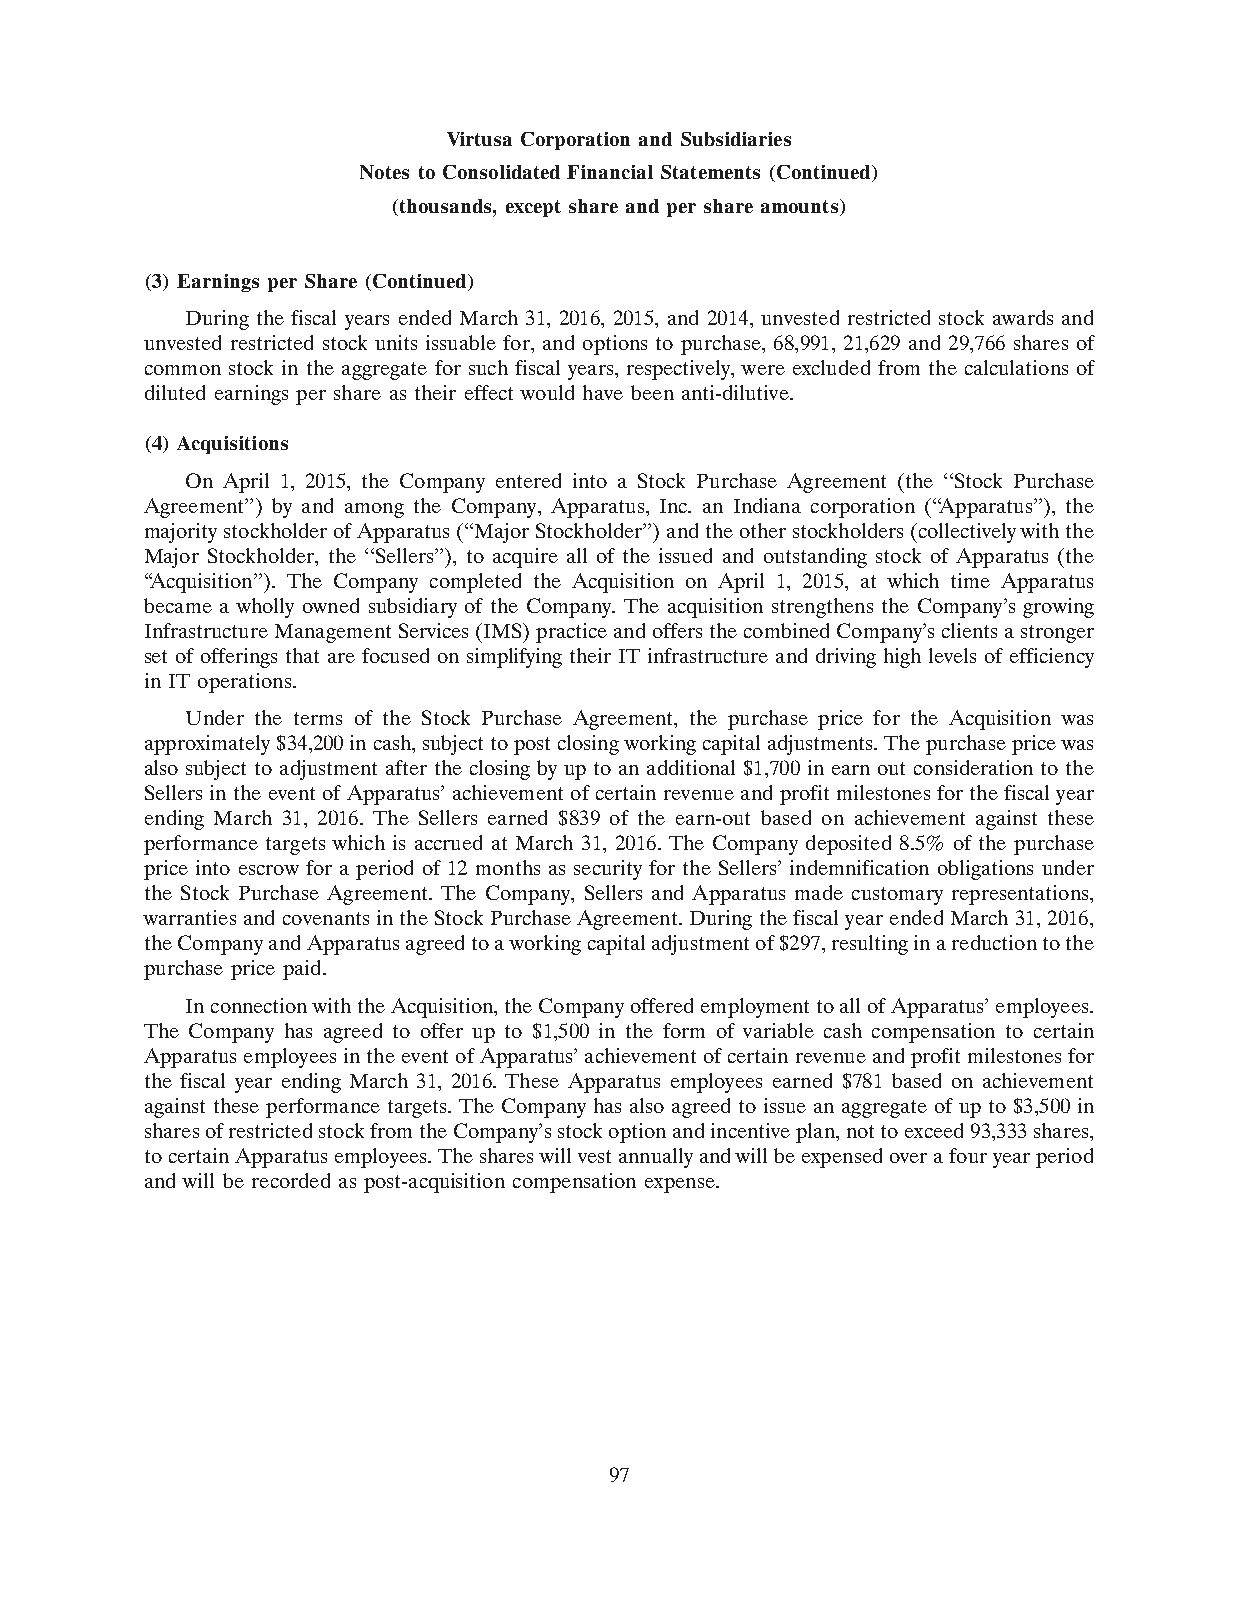
Virtusa Corporation and Subsidiaries
 Notes to Consolidated Financial Statements (Continued)
 (thousands, except share and per share amounts)
 (3) Earnings per Share (Continued)
 During the fiscal years ended March 31, 2016, 2015, and 2014, unvested restricted stock awards and
 unvested restricted stock units issuable for, and options to purchase, 68,991, 21,629 and 29,766 shares of
 common stock in the aggregate for such fiscal years, respectively, were excluded from the calculations of
 diluted earnings per share as their effect would have been anti-dilutive.
 (4) Acquisitions
 On April 1, 2015, the Company entered into a Stock Purchase Agreement (the ‘‘Stock Purchase
 Agreement’’) by and among the Company, Apparatus, Inc. an Indiana corporation (‘‘Apparatus’’), the
 majority stockholder of Apparatus (‘‘Major Stockholder’’) and the other stockholders (collectively with the
 Major Stockholder, the ‘‘Sellers’’), to acquire all of the issued and outstanding stock of Apparatus (the
 ‘‘Acquisition’’). The Company completed the Acquisition on April 1, 2015, at which time Apparatus
 became a wholly owned subsidiary of the Company. The acquisition strengthens the Company’s growing
 Infrastructure Management Services (IMS) practice and offers the combined Company’s clients a stronger
 set of offerings that are focused on simplifying their IT infrastructure and driving high levels of efficiency
 in IT operations.
 Under the terms of the Stock Purchase Agreement, the purchase price for the Acquisition was
 approximately $34,200 in cash, subject to post closing working capital adjustments. The purchase price was
 also subject to adjustment after the closing by up to an additional $1,700 in earn out consideration to the
 Sellers in the event of Apparatus’ achievement of certain revenue and profit milestones for the fiscal year
 ending March 31, 2016. The Sellers earned $839 of the earn-out based on achievement against these
 performance targets which is accrued at March 31, 2016. The Company deposited 8.5% of the purchase
 price into escrow for a period of 12 months as security for the Sellers’ indemnification obligations under
 the Stock Purchase Agreement. The Company, Sellers and Apparatus made customary representations,
 warranties and covenants in the Stock Purchase Agreement. During the fiscal year ended March 31, 2016,
 the Company and Apparatus agreed to a working capital adjustment of $297, resulting in a reduction to the
 purchase price paid.
 In connection with the Acquisition, the Company offered employment to all of Apparatus’ employees.
 The Company has agreed to offer up to $1,500 in the form of variable cash compensation to certain
 Apparatus employees in the event of Apparatus’ achievement of certain revenue and profit milestones for
 the fiscal year ending March 31, 2016. These Apparatus employees earned $781 based on achievement
 against these performance targets. The Company has also agreed to issue an aggregate of up to $3,500 in
 shares of restricted stock from the Company’s stock option and incentive plan, not to exceed 93,333 shares,
 to certain Apparatus employees. The shares will vest annually and will be expensed over a four year period
 and will be recorded as post-acquisition compensation expense.
 97